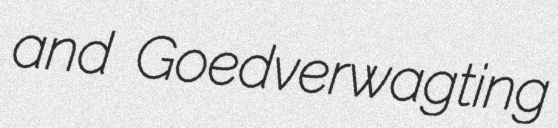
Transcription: and Goedverwagting